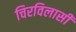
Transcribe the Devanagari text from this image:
चिरविलासी